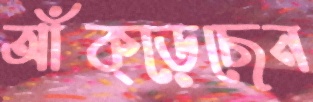
আঁক্‌ড়েছেন